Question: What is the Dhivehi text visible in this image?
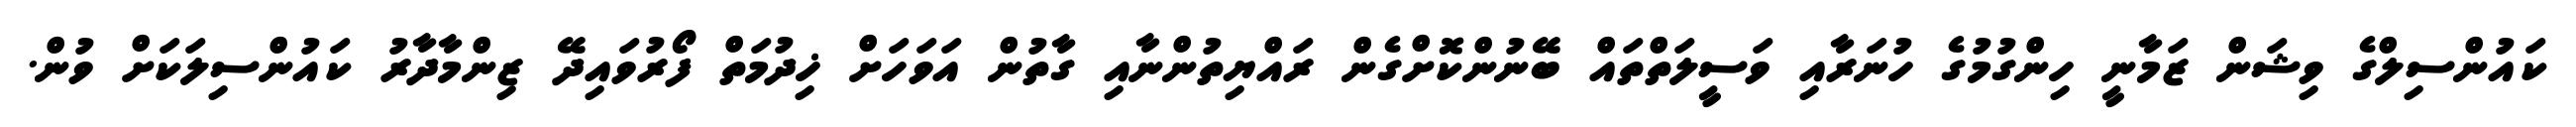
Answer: ކައުންސިލްގެ ވިޝަން ޒަމާނީ ހިންގުމުގެ ހުނަރާއި ވަސީލަތްތައް ބޭނުންކޮށްގެން ރައްޔިތުންނާއި ގާތުން އަވަހަށް ޚިދުމަތް ފޯރުވައިދޭ ޒިންމާދާރު ކައުންސިލަކަށް ވުން.